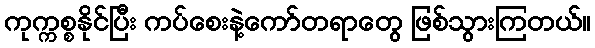
ကုက္ကစ္စနိုင်ပြီး ကပ်စေးနဲ့ကော်တရာတွေ ဖြစ်သွားကြတယ်။